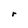
Character: r